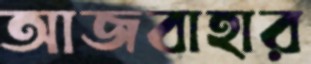
আজবাহার